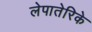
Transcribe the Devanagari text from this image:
लेपातेरिके